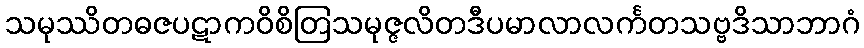
သမုဿိတဓဇပဋာကဝိစိတြသမုဇ္ဇလိတဒီပမာလာလင်္ကတသဗ္ဗဒိသာဘာဂံ